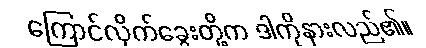
ကြောင်လိုက်ခွေးတို့က ဒါကိုနားလည်၏။